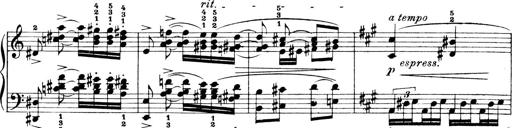
Title: 4 Sonatines
Composer: Max Reger